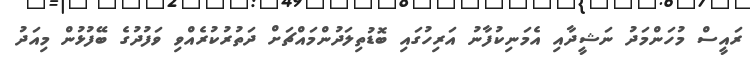
ރައީސް މުހަންމަދު ނަޝީދާއި އެމަނިކުފާނު އަރިހުގައި ބޮޑުތިލަދުންމައްޗަށް ދަތުރުކުރެއްވި ވަފުދުގެ ބޭފުޅުން މިއަދު